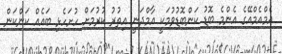
އެމްއެމްއޭގެ އެންމެ ބޮޑު ކަންބޮޑުވުމަކީ އާމްދަނީ އިތުރު ކުރުމަށް ހުށަހެޅި ބައެއް ކަންކަން